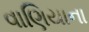
વાણિયાના